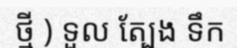
ថ្មី ) ទួល ត្បែង ទឹក